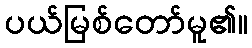
ပယ်မြစ်တော်မူ၏။